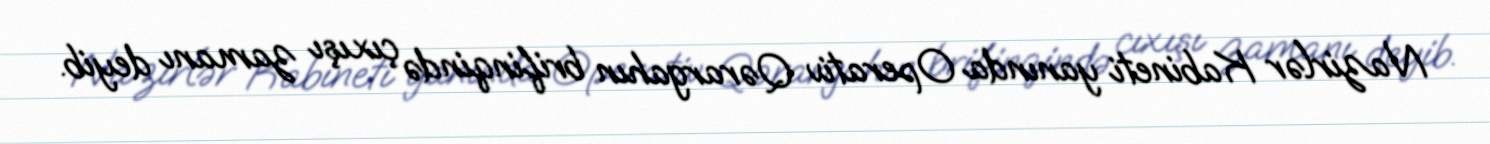
Nazirlər Kabineti yanında Operativ Qərargahın brifinqində çıxışı zamanı deyib.